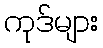
ကုဒ်များ